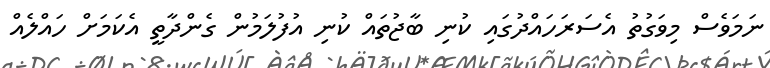
ނަމަވެސް މިވަގުތު އެސަރަހައްދުގައި ކުނި ބާޖުތައް ކުނި އުފުލަމުން ގެންދާާތީ އެކަމަށް ހައްލެއް